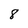
Character: 8